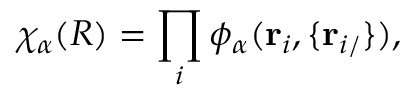
\chi _ { \alpha } ( R ) = \prod _ { i } \phi _ { \alpha } ( \mathbf r _ { i } , \{ \mathbf r _ { i / } \} ) ,